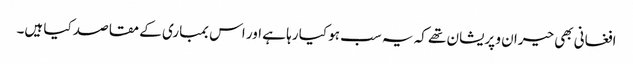
افغانی بھی حیران و پریشان تھے کہ یہ سب ہو کیا رہا ہے اور اس بمباری کے مقاصد کیا ہیں۔